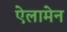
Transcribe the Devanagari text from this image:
ऐलामेन